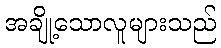
အချို့သောလူများသည်